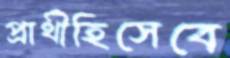
প্রার্থীহিসেবে